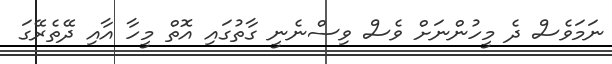
ނަމަވެސް ދެ މީހުންނަށް ވެސް ވިސްނެނީ ގާތުގައި އޮތް މީހާ އާއި ދޭތެރޭގަ